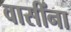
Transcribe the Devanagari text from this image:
वासींना